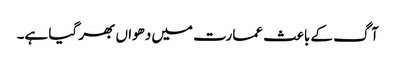
آگ کے باعث عمارت میں دھواں بھر گیا ہے۔